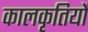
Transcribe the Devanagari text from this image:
कालकृतियों